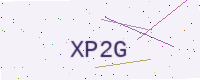
Text: XP2G